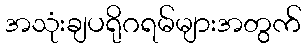
အသုံးချပရိုဂရမ်များအတွက်